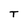
Character: T